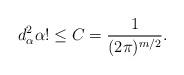
LaTeX: \begin{align*}d_\alpha^2\alpha!\leq C=\frac{1}{(2\pi)^{m/2}}.\end{align*}